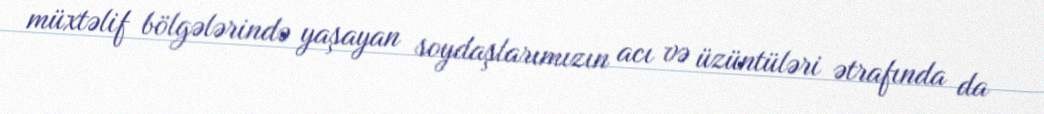
müxtəlif bölgələrində yaşayan soydaşlarımızın acı və üzüntüləri ətrafında da